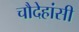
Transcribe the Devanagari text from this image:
चौदेहांसी